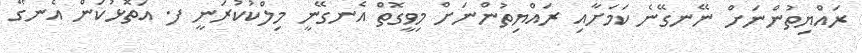
ރައްޔިތުންނަށް ނޭނގޭނެ ކަމަށާއި ރައްޔިތުންނަށް މިވީގޮތް އެނގޭނީ މިލްކުކުރަނީ ފ. އަތޮޅުކަން އެނގޭ